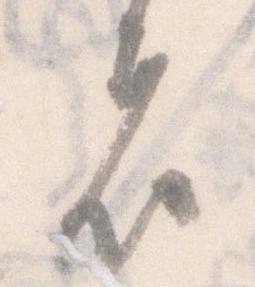
者